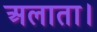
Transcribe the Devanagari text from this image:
अलाता।